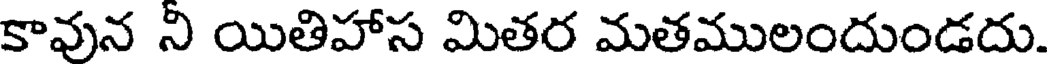
కావున ని యితిహాస మితర మతములందుండదు.